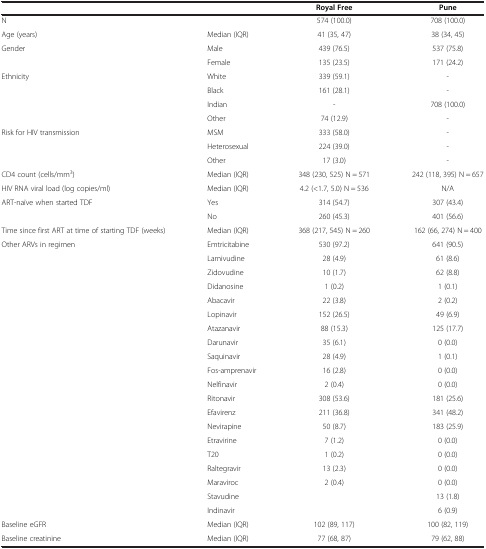
<table><thead><tr><td><b> </b></td><td><b> </b></td><td><b>Royal Free</b></td><td><b>Pune</b></td></tr></thead><tbody><tr><td>N</td><td> </td><td>574 (100.0)</td><td>708 (100.0)</td></tr><tr><td>Age (years)</td><td>Median (IQR)</td><td>41 (35, 47)</td><td>38 (34, 45)</td></tr><tr><td>Gender</td><td>Male</td><td>439 (76.5)</td><td>537 (75.8)</td></tr><tr><td> </td><td>Female</td><td>135 (23.5)</td><td>171 (24.2)</td></tr><tr><td>Ethnicity</td><td>White</td><td>339 (59.1)</td><td>-</td></tr><tr><td> </td><td>Black</td><td>161 (28.1)</td><td>-</td></tr><tr><td> </td><td>Indian</td><td>-</td><td>708 (100.0)</td></tr><tr><td> </td><td>Other</td><td>74 (12.9)</td><td>-</td></tr><tr><td rowspan="2">Risk for HIV transmission</td><td>MSM</td><td>333 (58.0)</td><td>-</td></tr><tr><td>Heterosexual</td><td>224 (39.0)</td><td>-</td></tr><tr><td> </td><td>Other</td><td>17 (3.0)</td><td>-</td></tr><tr><td>CD4 count (cells/mm<sup>3</sup>)</td><td>Median (IQR)</td><td>348 (230, 525) N = 571</td><td>242 (118, 395) N = 657</td></tr><tr><td>HIV RNA viral load (log copies/ml)</td><td>Median (IQR)</td><td>4.2 (&lt;1.7, 5.0) N = 536</td><td>N/A</td></tr><tr><td rowspan="2">ART-naïve when started TDF</td><td>Yes</td><td>314 (54.7)</td><td>307 (43.4)</td></tr><tr><td>No</td><td>260 (45.3)</td><td>401 (56.6)</td></tr><tr><td>Time since first ART at time of starting TDF (weeks)</td><td>Median (IQR)</td><td>368 (217, 545) N = 260</td><td>162 (66, 274) N = 400</td></tr><tr><td>Other ARVs in regimen</td><td>Emtricitabine</td><td>530 (97.2)</td><td>641 (90.5)</td></tr><tr><td> </td><td>Lamivudine</td><td>28 (4.9)</td><td>61 (8.6)</td></tr><tr><td> </td><td>Zidovudine</td><td>10 (1.7)</td><td>62 (8.8)</td></tr><tr><td> </td><td>Didanosine</td><td>1 (0.2)</td><td>1 (0.1)</td></tr><tr><td> </td><td>Abacavir</td><td>22 (3.8)</td><td>2 (0.2)</td></tr><tr><td> </td><td>Lopinavir</td><td>152 (26.5)</td><td>49 (6.9)</td></tr><tr><td> </td><td>Atazanavir</td><td>88 (15.3)</td><td>125 (17.7)</td></tr><tr><td> </td><td>Darunavir</td><td>35 (6.1)</td><td>0 (0.0)</td></tr><tr><td> </td><td>Saquinavir</td><td>28 (4.9)</td><td>1 (0.1)</td></tr><tr><td> </td><td>Fos-amprenavir</td><td>16 (2.8)</td><td>0 (0.0)</td></tr><tr><td> </td><td>Nelfinavir</td><td>2 (0.4)</td><td>0 (0.0)</td></tr><tr><td> </td><td>Ritonavir</td><td>308 (53.6)</td><td>181 (25.6)</td></tr><tr><td> </td><td>Efavirenz</td><td>211 (36.8)</td><td>341 (48.2)</td></tr><tr><td> </td><td>Nevirapine</td><td>50 (8.7)</td><td>183 (25.9)</td></tr><tr><td> </td><td>Etravirine</td><td>7 (1.2)</td><td>0 (0.0)</td></tr><tr><td> </td><td>T20</td><td>1 (0.2)</td><td>0 (0.0)</td></tr><tr><td> </td><td>Raltegravir</td><td>13 (2.3)</td><td>0 (0.0)</td></tr><tr><td> </td><td>Maraviroc</td><td>2 (0.4)</td><td>0 (0.0)</td></tr><tr><td> </td><td>Stavudine</td><td> </td><td>13 (1.8)</td></tr><tr><td> </td><td>Indinavir</td><td> </td><td>6 (0.9)</td></tr><tr><td>Baseline eGFR</td><td>Median (IQR)</td><td>102 (89, 117)</td><td>100 (82, 119)</td></tr><tr><td>Baseline creatinine</td><td>Median (IQR)</td><td>77 (68, 87)</td><td>79 (62, 88)</td></tr></tbody></table>